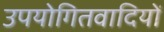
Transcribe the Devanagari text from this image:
उपयोगितवादियों